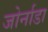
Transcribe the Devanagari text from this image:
जोर्नाडा